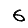
Digit: 6